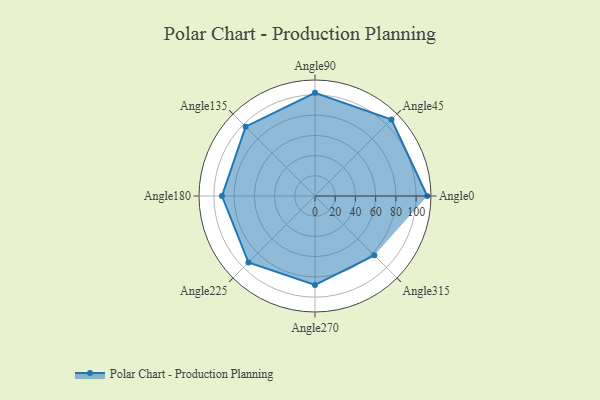
{"axis": {"x": "Angle", "y": "Radius"}, "legend": [""], "data": [{"x": "Angle0", "y": 111.0, "type": ""}, {"x": "Angle45", "y": 107.0, "type": ""}, {"x": "Angle90", "y": 102.0, "type": ""}, {"x": "Angle135", "y": 97.0, "type": ""}, {"x": "Angle180", "y": 92.0, "type": ""}, {"x": "Angle225", "y": 93.0, "type": ""}, {"x": "Angle270", "y": 88.0, "type": ""}, {"x": "Angle315", "y": 83.0, "type": ""}]}